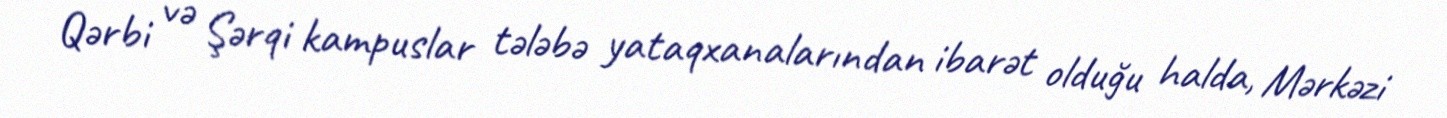
Qərbi və Şərqi kampuslar tələbə yataqxanalarından ibarət olduğu halda, Mərkəzi